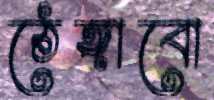
ঠেঙ্গাবো